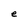
Character: e